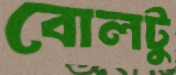
বোলটু